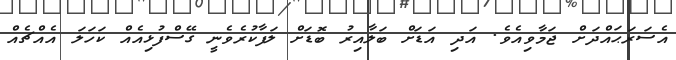
އެސަރަޙައްދަށް ޖަމާވިއެވެ. އަދި އަޑަށް ބަލާއިރު ބޮޑަށް ލަފާކުރެވެނީ ގޭސްފުޅިއެއް ކަހަލަ އެއްޗެއް